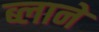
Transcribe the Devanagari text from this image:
ब्लाने